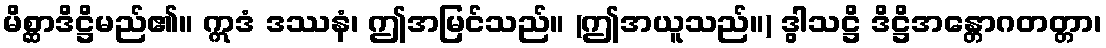
မိစ္ဆာဒိဋ္ဌိမည်၏။ ဣဒံ ဒဿနံ၊ ဤအမြင်သည်။ (ဤအယူသည်။) ဒွါသဋ္ဌိ ဒိဋ္ဌိအန္တောဂတတ္တာ၊